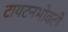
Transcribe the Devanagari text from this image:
टायटनभोवती